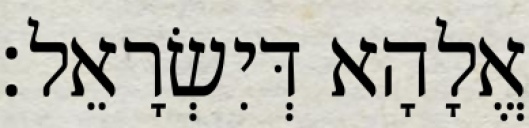
אֱלָהָא דְּיִשְׂרָאֵל׃